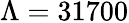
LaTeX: \Lambda=31700